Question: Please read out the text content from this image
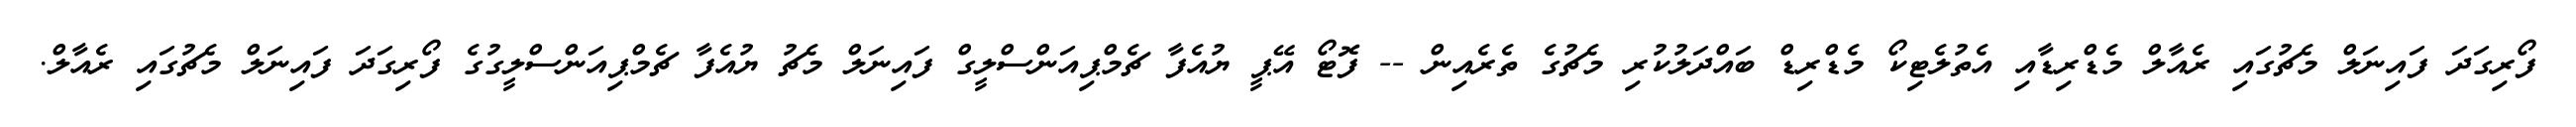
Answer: ފޯރިގަދަ ފައިނަލް މެޗުގައި ރެއާލް މެޑްރިޑާއި އެތުލެޓިކޯ މެޑްރިޑް ބައްދަލުކުރި މެޗުގެ ތެރެއިން -- ފޮޓޯ އޭޕީ ޔުއެފާ ޗެމްޕިއަންސްލީގް ފައިނަލް މެޗު ޔުއެފާ ޗެމްޕިއަންސްލީގުގެ ފޯރިގަދަ ފައިނަލް މެޗުގައި ރެއާލް.